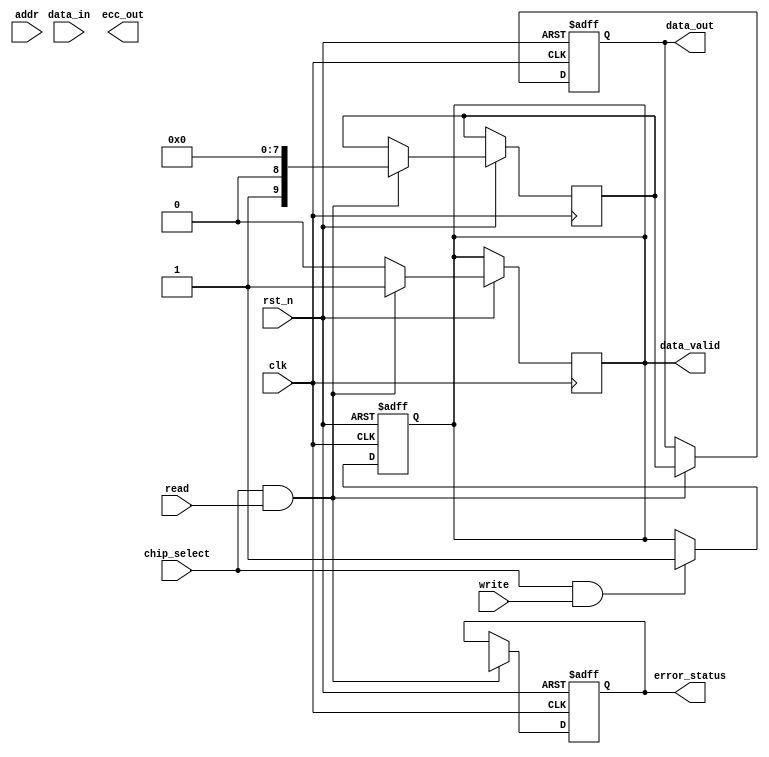
module ecc_dram_io (
    input wire clk,                     // Clock signal
    input wire rst_n,                   // Active low reset
    input wire [63:0] data_in,          // Data input from memory controller
    input wire [7:0] addr,              // Address input
    input wire read,                    // Read control signal
    input wire write,                   // Write control signal
    input wire chip_select,             // Chip select signal
    output reg [63:0] data_out,         // Data output to memory controller
    output reg data_valid,              // Data valid signal
    output reg error_status,            // Error status signal
    output reg [71:0] ecc_out           // ECC output (data + ECC bits)
);

// Internal signals
reg [71:0] ecc_data;                   // Data with ECC bits
wire [7:0] ecc;                        // ECC bits
reg [63:0] data_buffer;                // Buffer for incoming data
reg [63:0] corrected_data;             // Buffer for corrected data

// ECC Encoding Logic (Hamming Code Example)
function [7:0] hamming_encode(input [63:0] data);
    // Implement Hamming encoding logic here
    // This is a placeholder for actual ECC encoding
    // Return ECC bits based on the input data
endfunction

// ECC Decoding Logic
function [63:0] hamming_decode(input [71:0] ecc_data, output reg [7:0] error);
    // Implement Hamming decoding logic here
    // This is a placeholder for actual ECC decoding
    // Return corrected data and set error status
endfunction

// Data Input Buffer
always @(posedge clk or negedge rst_n) begin
    if (!rst_n) begin
        data_buffer <= 64'b0;
        data_valid <= 1'b0;
    end else if (chip_select && write) begin
        data_buffer <= data_in;
        ecc_data <= {data_in, hamming_encode(data_in)}; // Encode data with ECC
        data_valid <= 1'b1;
    end
end

// Data Output Buffer
always @(posedge clk or negedge rst_n) begin
    if (!rst_n) begin
        data_out <= 64'b0;
        error_status <= 1'b0;
    end else if (chip_select && read) begin
        {corrected_data, ecc} <= hamming_decode(ecc_data, error_status);
        data_out <= corrected_data;
        data_valid <= 1'b1; // Assert data valid
    end else begin
        data_valid <= 1'b0; // De-assert data valid
    end
end

// Power Management Logic (Placeholder)
always @(posedge clk or negedge rst_n) begin
    if (!rst_n) begin
        // Power management logic here
    end else begin
        // Manage power based on operational states
    end
end

endmodule